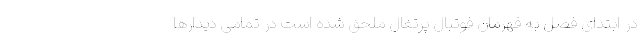
در ابتدای فصل به قهرمان فوتبال پرتغال ملحق شده است در تمامی دیدارها